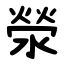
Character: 滎